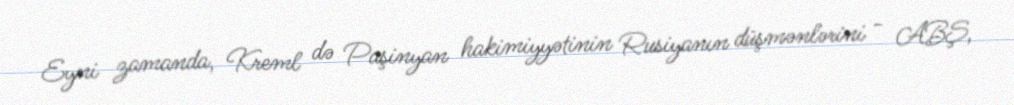
Eyni zamanda, Kreml də Paşinyan hakimiyyətinin Rusiyanın düşmənlərini - ABŞ,